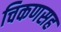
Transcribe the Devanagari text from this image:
चिकणसह